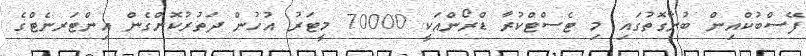
ފޭސްބުކްއިން ބުނާގޮތުގައި މި ޓެސްޓްކުރާ ޑްރޯންއަކީ 70000 މީޓަރު އުހުން ދަތުރުކޮށްގެން އިންޓަރނެޓްގެ